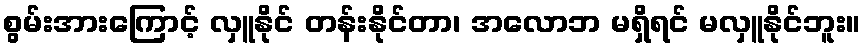
စွမ်းအားကြောင့် လှူနိုင် တန်းနိုင်တာ၊ အလောဘ မရှိရင် မလှူနိုင်ဘူး။